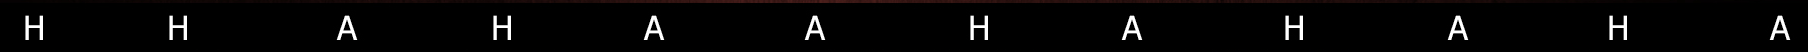
HHAHAAHAHAHA